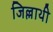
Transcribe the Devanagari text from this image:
जिल्लाथी